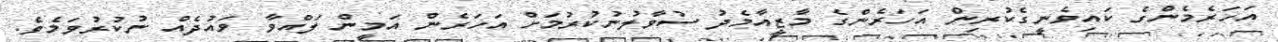
އަހަރެމެންގެ ކައިވެނީގެކުރިން އަހަރެންގެ މާޒީއާމެދު ސުވާލުނުކުރުމަށް އަހަރެން އަމީން ލައްވާ ވައުދެއް ނުކުރުވަމެވެ.